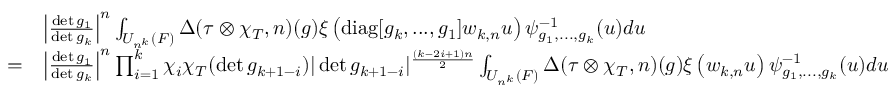
\begin{array} { r l } & { \left| \frac { \operatorname* { d e t } g _ { 1 } } { \operatorname* { d e t } g _ { k } } \right| ^ { n } \int _ { U _ { n ^ { k } } ( F ) } \Delta ( \tau \otimes \chi _ { T } , n ) ( g ) \xi \left( \mathrm { d i a g } [ g _ { k } , . . . , g _ { 1 } ] w _ { k , n } u \right) \psi _ { g _ { 1 } , . . . , g _ { k } } ^ { - 1 } ( u ) d u } \\ { = } & { \left| \frac { \operatorname* { d e t } g _ { 1 } } { \operatorname* { d e t } g _ { k } } \right| ^ { n } \prod _ { i = 1 } ^ { k } \chi _ { i } \chi _ { T } ( \operatorname* { d e t } g _ { k + 1 - i } ) | \operatorname* { d e t } g _ { k + 1 - i } | ^ { \frac { ( k - 2 i + 1 ) n } { 2 } } \int _ { U _ { n ^ { k } } ( F ) } \Delta ( \tau \otimes \chi _ { T } , n ) ( g ) \xi \left( w _ { k , n } u \right) \psi _ { g _ { 1 } , . . . , g _ { k } } ^ { - 1 } ( u ) d u } \end{array}